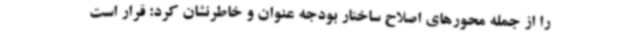
را از جمله محورهای اصلاح ساختار بودجه عنوان و خاطرنشان کرد: قرار است